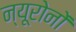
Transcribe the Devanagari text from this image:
न्यूरोनों